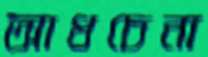
আধচেনা